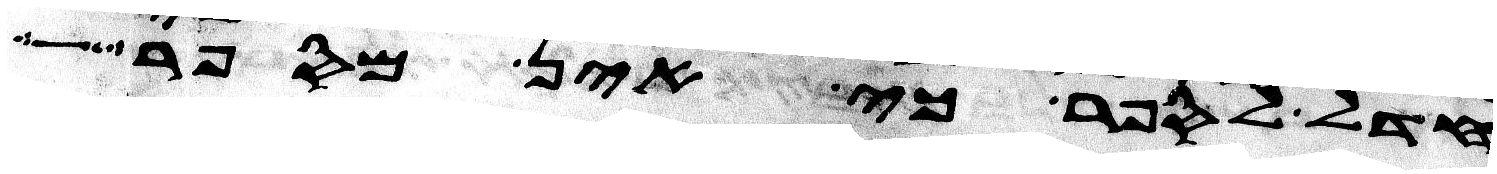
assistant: חדל לספר כי אין מספר